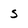
Character: S